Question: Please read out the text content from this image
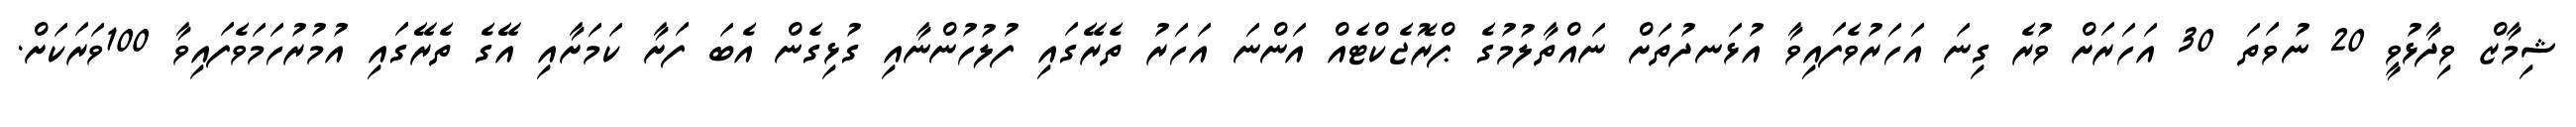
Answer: ޝިމާޒް ވިދާޅުވީ 20 ނުވަތަ 30 އަހަރަށް ވުރެ ގިނަ އަހަރުވެފައިވާ އުޅަނދުތަށް ނައްތާލުމުގެ ޕްރޮޖެކްޓެއް އަންނަ އަހަރު ތެރޭގައި ފުލުހުންނާއި ގުޅިގެން އެބަ ފަށާ ކަމަށާއި އޭގެ ތެރޭގައި އުމުރުހަމަވެފައިވާ 100ވަރަކަށް.